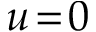
u \! = \! 0